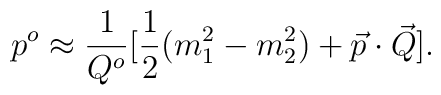
p^o\approx {1\over {Q^o}}[{1\over 2}(m_1^2-m_2^2)+\vec p\cdot \vec Q].